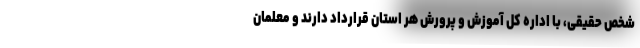
شخص حقیقی، با اداره کل آموزش و پرورش هر استان قرارداد دارند و معلمان